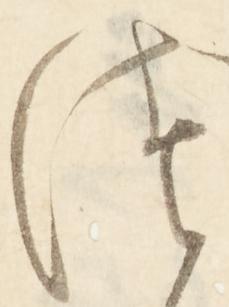
つ